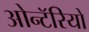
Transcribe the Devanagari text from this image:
ओन्टॅरियो